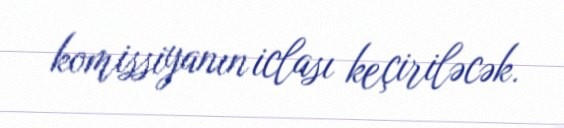
komissiyanın iclası keçiriləcək.